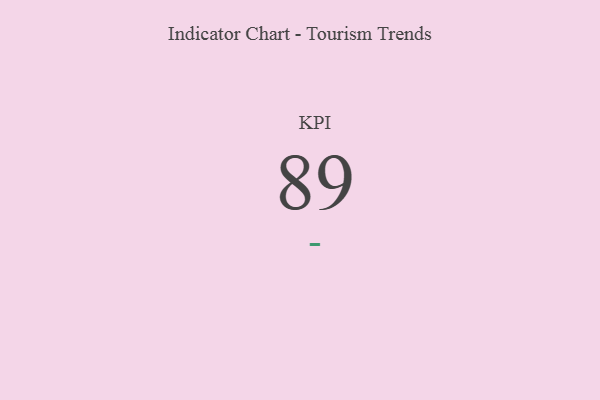
{"axis": {"x": "KPI", "y": "Value"}, "legend": [""], "data": [{"x": "KPI", "y": 89, "type": ""}]}